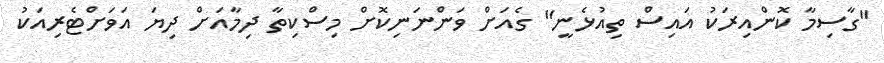
"ގާސިމާ ކޮންއިރަކު އައިސް ތިއުޅެނީ" ގެއަށް ވަންނަނިކޮށް މިސްކިތާ ދިމާއަށް ދިޔަ އަވަށްޓެރިއަކު